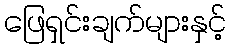
ဖြေရှင်းချက်များနှင့်